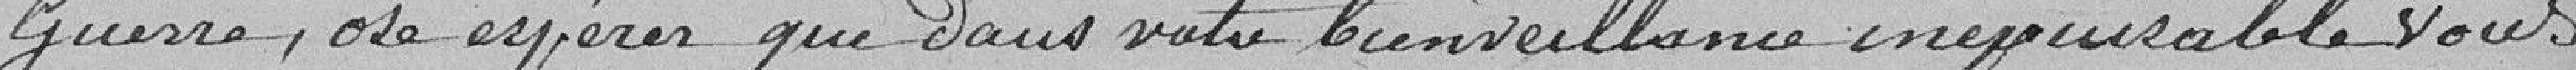
Guerre, ose espérer que dans votre bienveillance inépuisable, vous